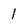
Character: 1